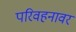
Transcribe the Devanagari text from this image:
परिवहनावर